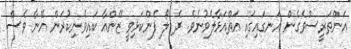
އަންތަރީސްވެގެން އަނގައިގައި އަތްއަޅާލެވުނެވެ. ދެ ލޯ ފެންކަޅިވީ ޒޭންއާ ކައިވެނިކުރަން އޭނާ ވެސް